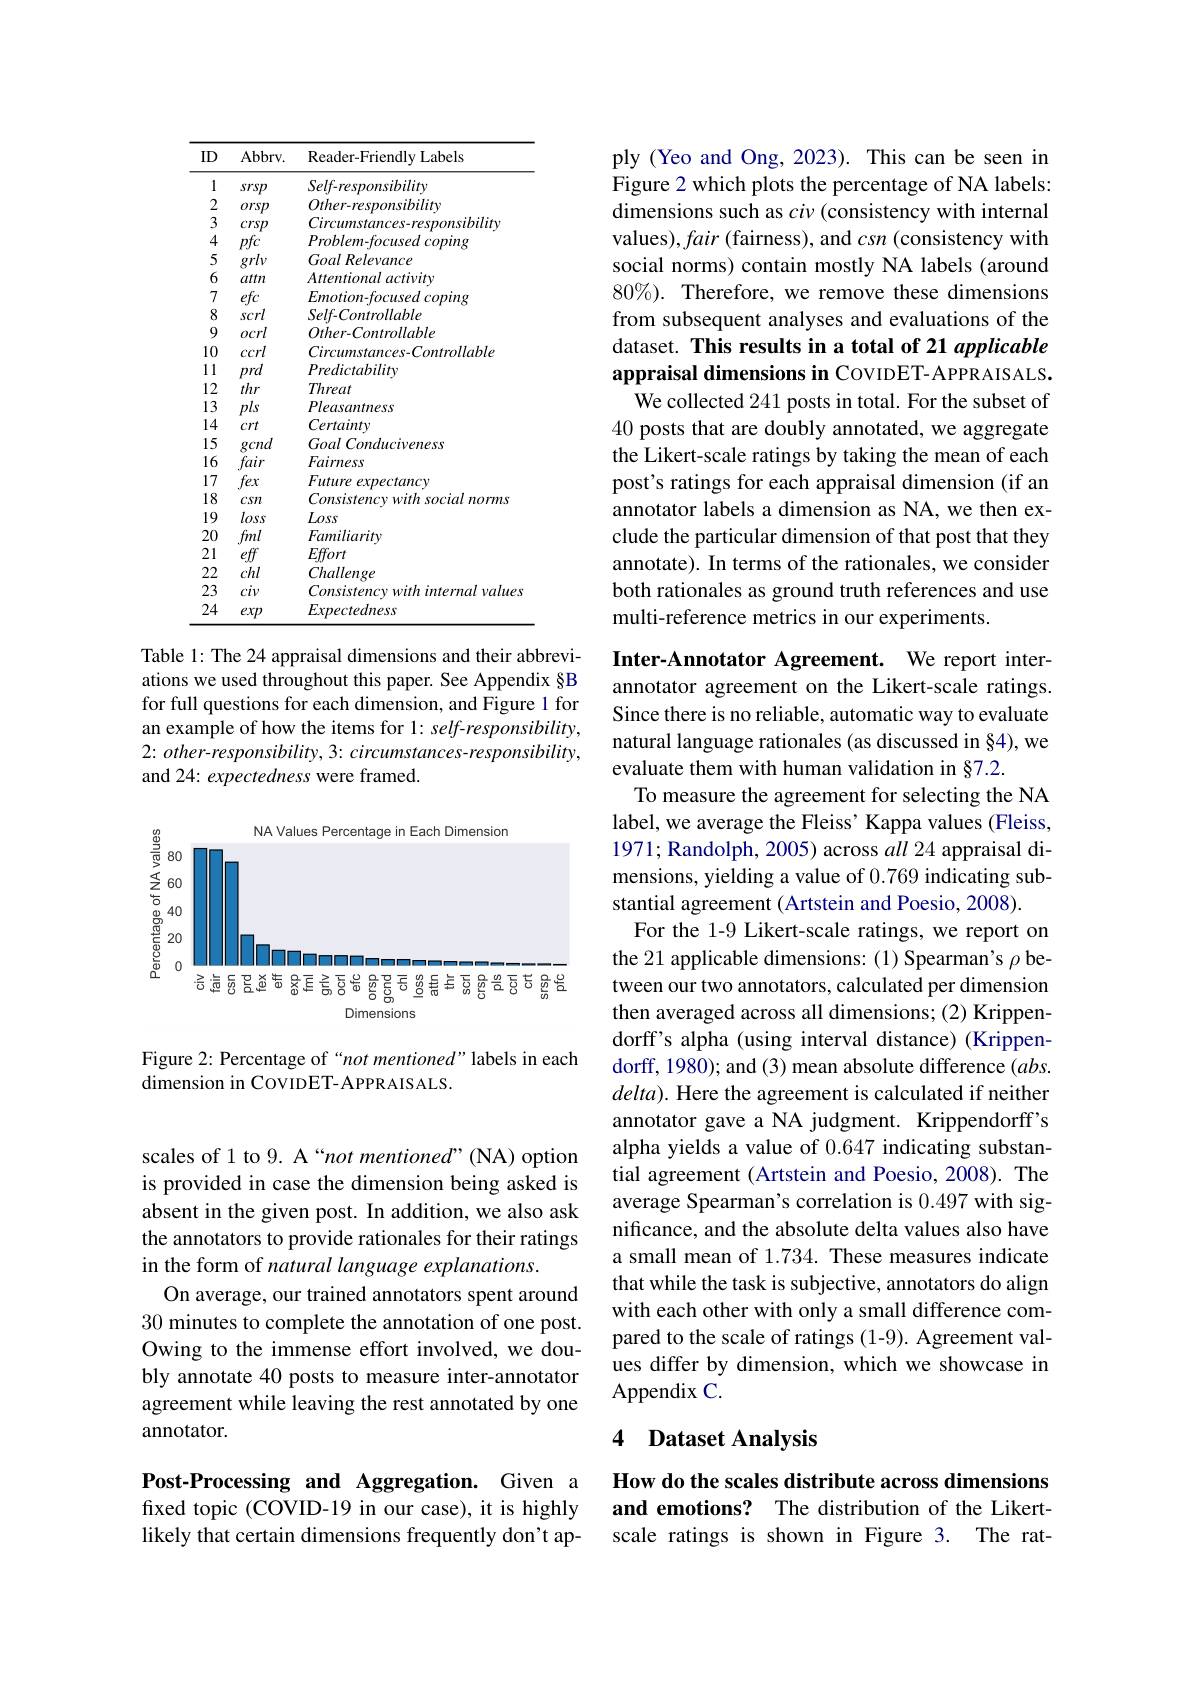
scales of 1 to 9. A “not mentioned”(NA) option is provided in case the dimension being asked is absent in the given post. In addition, we also ask the annotators to provide rationales for their ratings in the form of natural language explanations.
On average, our trained annotators spent around 30 minutes to complete the annotation of one post. Owing to the immense effort involved, we doubly annotate 40 posts to measure inter-annotator agreement while leaving the rest annotated by one annotator.

Post-Processing and Aggregation. Given a fixed topic (COVID-19 in our case), it is highly likely that certain dimensions frequently don't ap-

<table>
	<tbody>
		<tr>
			<th>ID</th>
			<th>$Abbrv.$</th>
			<th>Reader- Friendly Labels</th>
		</tr>
		<tr>
			<td>1</td>
			<td>srsp</td>
			<td>Self-responsibility</td>
		</tr>
		<tr>
			<td>2</td>
			<td>orsp</td>
			<td>$Other-responsibility$</td>
		</tr>
		<tr>
			<td>3</td>
			<td>crsp</td>
			<td>Circumstances-responsibility</td>
		</tr>
		<tr>
			<td>4</td>
			<td>pfc</td>
			<td>$Problem-focusedcoping$</td>
		</tr>
		<tr>
			<td>5</td>
			<td>grlv</td>
			<td>$Goal\textit{Relevance}$</td>
		</tr>
		<tr>
			<td>6</td>
			<td>attn</td>
			<td>Attentionalactivitv</td>
		</tr>
		<tr>
			<td>7</td>
			<td>efc</td>
			<td>$Emotion-focusedcoping$</td>
		</tr>
		<tr>
			<td>8</td>
			<td>scrl</td>
			<td>$Self-Controllable$</td>
		</tr>
		<tr>
			<td>9</td>
			<td>ocrl</td>
			<td>$Other-Controllable$</td>
		</tr>
		<tr>
			<td>10</td>
			<td>ccrl</td>
			<td>$Circumstances-Controllable$</td>
		</tr>
		<tr>
			<td>1 1 1 1 </td>
			<td>prd</td>
			<td>Predictability</td>
		</tr>
		<tr>
			<td>12</td>
			<td>thr</td>
			<td>Threat</td>
		</tr>
		<tr>
			<td>13</td>
			<td>pls</td>
			<td>Pleasantness</td>
		</tr>
		<tr>
			<td>14</td>
			<td>crt</td>
			<td>Certainty</td>
		</tr>
		<tr>
			<td>15</td>
			<td>gcnd</td>
			<td>Goal Conduciveness</td>
		</tr>
		<tr>
			<td>16</td>
			<td>fair</td>
			<td>Fairness</td>
		</tr>
		<tr>
			<td>17</td>
			<td>fex</td>
			<td>$Future\textit{ expectancy}$</td>
		</tr>
		<tr>
			<td>18</td>
			<td>csn</td>
			<td>Consistency with social norms</td>
		</tr>
		<tr>
			<td>19</td>
			<td>loss</td>
			<td>$L\omega ss$</td>
		</tr>
		<tr>
			<td>20</td>
			<td>fml</td>
			<td>Familiarity</td>
		</tr>
		<tr>
			<td>21</td>
			<td>eff</td>
			<td>Effort</td>
		</tr>
		<tr>
			<td>22</td>
			<td>chl</td>
			<td>Challenge</td>
		</tr>
		<tr>
			<td>23</td>
			<td>civ</td>
			<td>Consistencywithinternalvalues</td>
		</tr>
		<tr>
			<td>24</td>
			<td>exp</td>
			<td>Expectedness</td>
		</tr>
	</tbody>
</table>
Table 1: The 24 appraisal dimensions and their abbrevi-

ations we used throughout this paper. See Appendix §B for full questions for each dimension, and Figure 1 for an example of how the items for 1: self-responsibility, 2: other-responsibility, 3: circumstances-responsibility, and 24: expectedness were framed.

<FigureHere>

Figure 2: Percentage of“not mentioned”labels in each
dimension in CovIDET-APPRAISALS.

ply (Yeo and Ong, 2023). This can be seen in Figure 2 which plots the percentage of NA labels: dimensions such as $ci\nu$ (consistency with internal values), fair (fairness), and csn (consistency with social norms) contain mostly NA labels (around $80\%).$ Therefore, we remove these dimensions from subsequent analyses and evaluations of the dataset. This results in a total of 21 applicable appraisal dimensions in CovıDET-APPRAISALS.
We collected 241 posts in total. For the subset of 40 posts that are doubly annotated, we aggregate the Likert-scale ratings by taking the mean of each post's ratings for each appraisal dimension (if an annotator labels a dimension as NA, we then exclude the particular dimension of that post that they annotate). In terms of the rationales, we consider both rationales as ground truth references and use multi-reference metrics in our experiments.

Inter-Annotator Agreement. We report interannotator agreement on the Likert-scale ratings. Since there is no reliable, automatic way to evaluate natural language rationales (as discussed in §4), we evaluate them with human validation in §7.2.
To measure the agreement for selecting the NA label, we average the Fleiss' Kappa values (Fleiss, 1971; Randolph, 2005) across all 24 appraisal dimensions, yielding a value of 0.769 indicating substantial agreement (Artstein and Poesio, 2008).
For the 1-9 Likert-scale ratings, we report on the 21 applicable dimensions: (1) Spearman's $\rho$ between our two annotators, calculated per dimension then averaged across all dimensions; (2) Krippendorff's alpha (using interval distance) (Krippendorff, 1980); and (3) mean absolute difference (abs. $delta).$ Here the agreement is calculated if neither annotator gave a NA judgment. Krippendorff's alpha yields a value of 0.647 indicating substantial agreement (Artstein and Poesio, 2008). The average Spearman's correlation is 0.497 with significance, and the absolute delta values also have a small mean of 1.734. These measures indicate that while the task is subjective, annotators do align with each other with only a small difference compared to the scale of ratings (1-9). Agreement values differ by dimension, which we showcase in Appendix C.

### 4 Dataset Analysis

How do the scales distribute across dimensions and emotions? The distribution of the Likertscale ratings is shown in Figure 3. The rat-